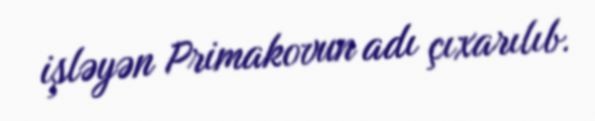
işləyən Primakovun adı çıxarılıb.